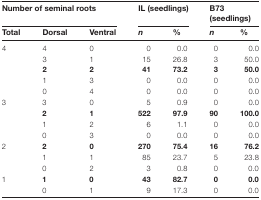
<table><thead><tr><td colspan="3"><b>Number of seminal roots</b></td><td colspan="2"><b>IL (seedlings)</b></td><td colspan="2"><b>B73 (seedlings)</b></td></tr><tr><td><b>Total</b></td><td><b>Dorsal</b></td><td><b>Ventral</b></td><td><b><i>n</i></b></td><td><b>%</b></td><td><b><i>n</i></b></td><td><b>%</b></td></tr></thead><tbody><tr><td>4</td><td>4</td><td>0</td><td>0</td><td>0.0</td><td>0</td><td>0.0</td></tr><tr><td></td><td>3</td><td>1</td><td>15</td><td>26.8</td><td>3</td><td>50.0</td></tr><tr><td></td><td><b>2</b></td><td><b>2</b></td><td><b>41</b></td><td><b>73.2</b></td><td><b>3</b></td><td><b>50.0</b></td></tr><tr><td></td><td>1</td><td>3</td><td>0</td><td>0.0</td><td>0</td><td>0.0</td></tr><tr><td></td><td>0</td><td>4</td><td>0</td><td>0.0</td><td>0</td><td>0.0</td></tr><tr><td>3</td><td>3</td><td>0</td><td>5</td><td>0.9</td><td>0</td><td>0.0</td></tr><tr><td></td><td><b>2</b></td><td><b>1</b></td><td><b>522</b></td><td><b>97.9</b></td><td><b>90</b></td><td><b>100.0</b></td></tr><tr><td></td><td>1</td><td>2</td><td>6</td><td>1.1</td><td>0</td><td>0.0</td></tr><tr><td></td><td>0</td><td>3</td><td>0</td><td>0.0</td><td>0</td><td>0.0</td></tr><tr><td>2</td><td><b>2</b></td><td><b>0</b></td><td><b>270</b></td><td><b>75.4</b></td><td><b>16</b></td><td><b>76.2</b></td></tr><tr><td></td><td>1</td><td>1</td><td>85</td><td>23.7</td><td>5</td><td>23.8</td></tr><tr><td></td><td>0</td><td>2</td><td>3</td><td>0.8</td><td>0</td><td>0.0</td></tr><tr><td>1</td><td><b>1</b></td><td><b>0</b></td><td><b>43</b></td><td><b>82.7</b></td><td><b>0</b></td><td><b>0.0</b></td></tr><tr><td></td><td>0</td><td>1</td><td>9</td><td>17.3</td><td>0</td><td>0.0</td></tr></tbody></table>